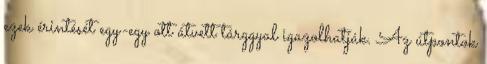
ezek érintését egy-egy ott átvett tárggyal igazolhatják. Az útpontok